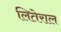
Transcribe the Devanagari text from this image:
लितेराल